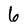
Character: 6